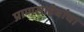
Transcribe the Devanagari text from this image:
प्राणसाहेबांचा